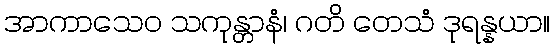
အာကာသေဝ သကုန္တာနံ၊ ဂတိ တေသံ ဒုရန္နယာ။